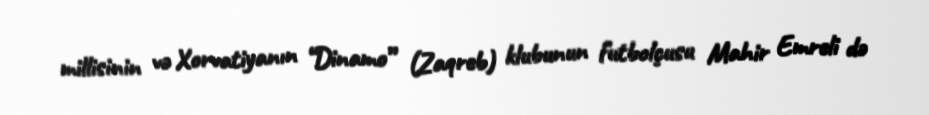
millisinin və Xorvatiyanın “Dinamo” (Zaqreb) klubunun futbolçusu Mahir Emreli də